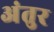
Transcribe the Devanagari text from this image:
अंतुर